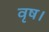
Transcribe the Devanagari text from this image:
वृष।